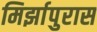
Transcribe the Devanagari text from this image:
मिर्झापुरास